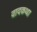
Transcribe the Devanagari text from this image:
वादकथा